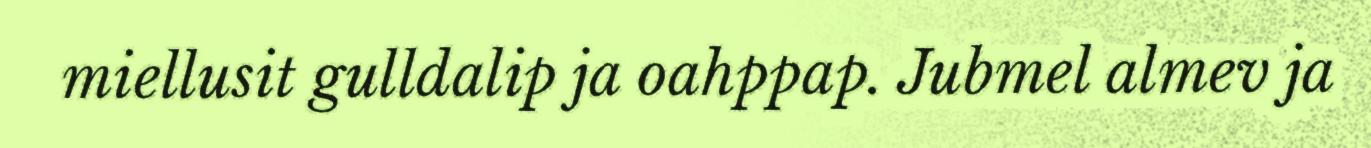
miellusit gulldalip ja oahppap. Jubmel almev ja